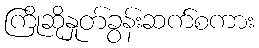
ကြိုဆိုနှုတ်ခွန်းဆက်စကား